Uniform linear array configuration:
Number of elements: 24
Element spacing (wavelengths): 1
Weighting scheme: blackman
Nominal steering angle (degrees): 15
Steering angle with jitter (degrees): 14.741
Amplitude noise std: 0.05
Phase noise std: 0.05

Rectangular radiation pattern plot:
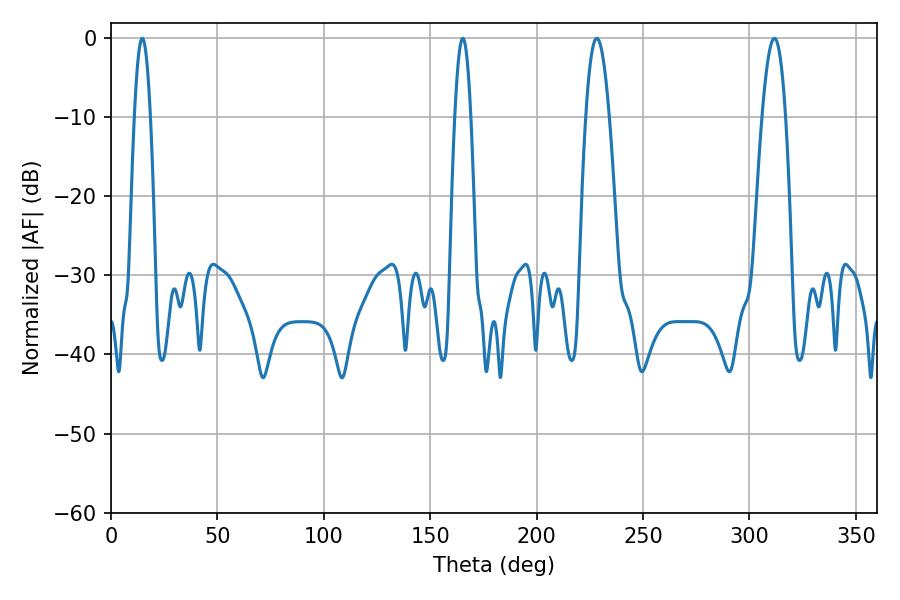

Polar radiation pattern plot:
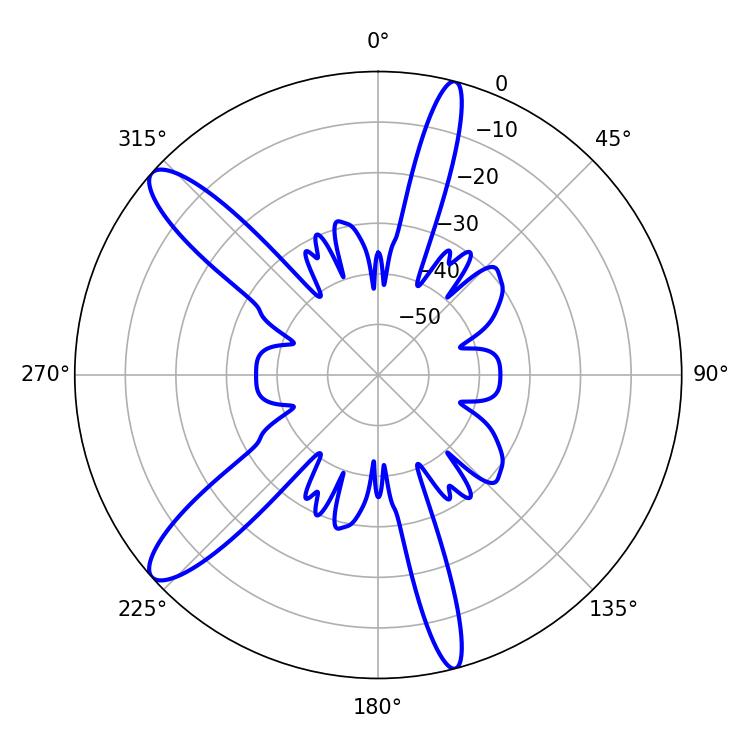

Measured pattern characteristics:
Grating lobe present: TRUE
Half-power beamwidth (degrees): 5.94
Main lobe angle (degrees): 228.24